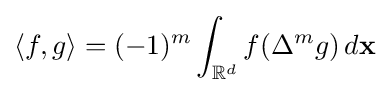
\langle f,g\rangle =(-1)^{m}\int _{\mathbb {R} ^{d}}f(\Delta ^{m}g)\,d\mathbf {x}